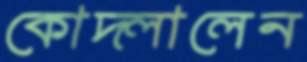
কোদ্‌লালেন